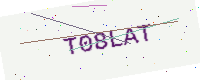
Text: T08LAT